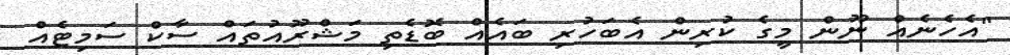
"އެހެނެއް ނޫން މީގެ ކުރިން އެބަހުރި ބައެއް ބޮޑެތި މަޝްރޫއުތައް ސާކް ސަމިޓެއް